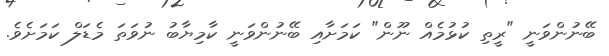
ބޭނުންވަނީ "ރީތި ކުޅުމެއް ނޫން" ކަމަށާއި ބޭނުންވަނީ ކާމިޔާބު ނުވަތަ މެޑަލް ކަމަށެވެ.